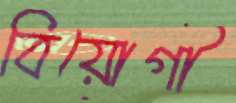
বিয়োগী